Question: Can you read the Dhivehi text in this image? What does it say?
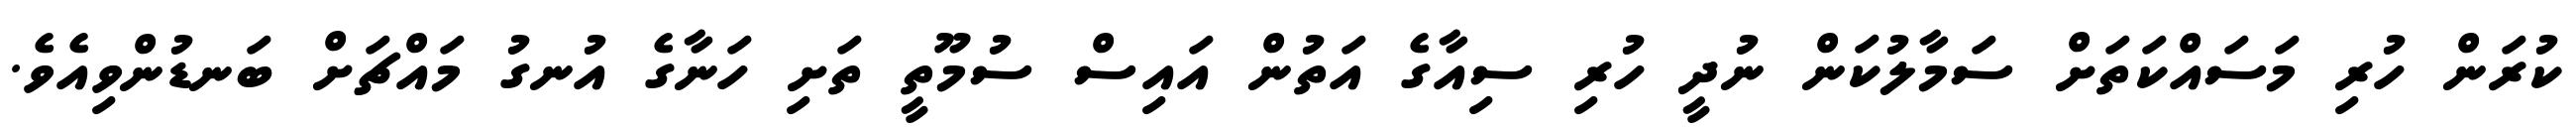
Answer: ކުރަން ހުރި މަސައްކަތަށް ސަމާލުކަން ނުދީ ހުރި ސިއާގެ އަތުން އައިސް ސުމޫތީ ތަށި ހަނާގެ އުނގު މައްޗަށް ބަނޑުންވިއެވެ.